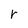
Character: r